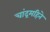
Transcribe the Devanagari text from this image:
चांद्रमहिने